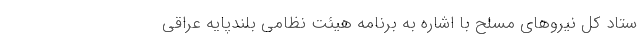
ستاد کل نیروهای مسلح با اشاره به برنامه هیئت نظامی بلندپایه عراقی